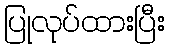
ပြုလုပ်ထားပြီး